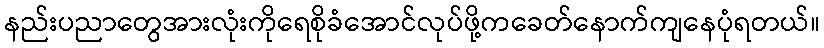
နည်းပညာတွေအားလုံးကိုရေစိုခံအောင်လုပ်ဖို့ကခေတ်နောက်ကျနေပုံရတယ်။